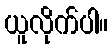
ယူလိုက်ပါ။